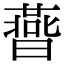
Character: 𣋅